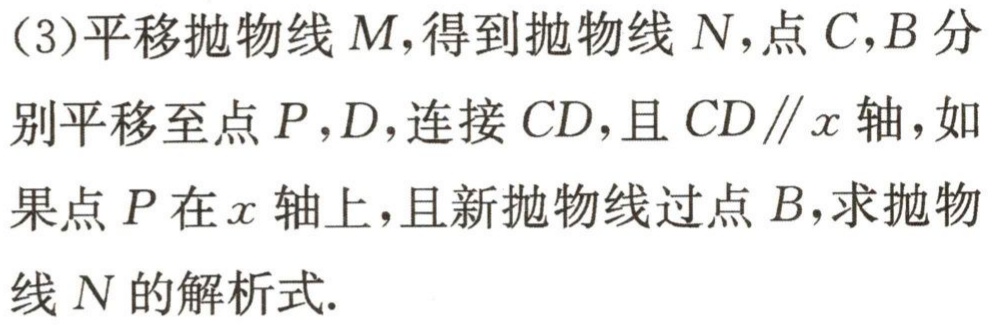
(3)平移抛物线\(M\)，得到抛物线\(N\)，点\(C,B\)分别平移至点\(P,D\)，连接\(CD\)，且\(CD\parallel x\)轴，如果点\(P\)在\(x\)轴上，且新抛物线过点\(B\)，求抛物线\(N\)的解析式.